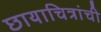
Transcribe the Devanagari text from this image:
छायाचित्रांची